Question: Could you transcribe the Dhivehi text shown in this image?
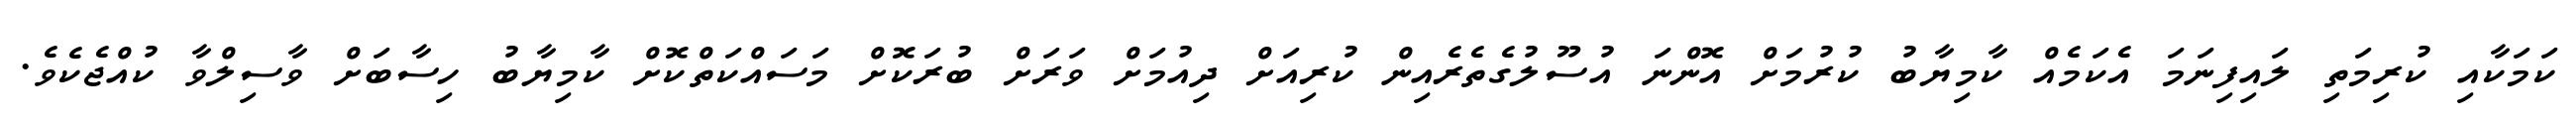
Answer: ކަމަކާއި ކުރިމަތި ލައިފިނަމަ އެކަމެއް ކާމިޔާބު ކުރުމަށް އޮންނަ އުސޫލުގެތެރެއިން ކުރިއަށް ދިއުމަށް ވަރަށް ބުރަކޮށް މަސައްކަތްކޮށް ކާމިޔާބު ހިސާބަށް ވާސިލްވާ ކުއްޖެކެވެ.